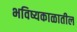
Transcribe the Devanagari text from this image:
भविष्यकाळातील